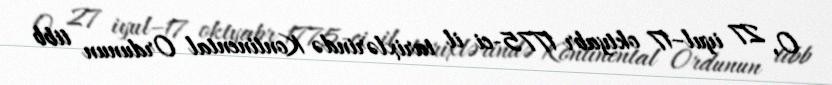
O, 27 iyul–17 oktyabr 1775-ci il tarixlərində Kontinental Ordunun tibb